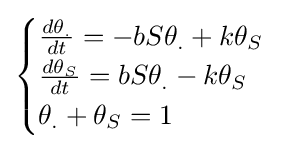
{\begin{cases}{\frac {d\theta _{.}}{dt}}=-bS\theta _{.}+k\theta _{S}\\{\frac {d\theta _{S}}{dt}}=bS\theta _{.}-k\theta _{S}\\\theta _{.}+\theta _{S}=1\end{cases}}